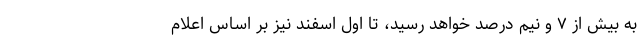
به بیش از ۷ و نیم درصد خواهد رسید، تا اول اسفند نیز بر اساس اعلام